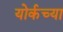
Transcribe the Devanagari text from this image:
योर्कच्या